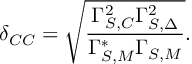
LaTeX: \delta _ { C C } = \sqrt { \frac { \Gamma _ { S , C } ^ { 2 } \Gamma _ { S , \Delta } ^ { 2 } } { \Gamma _ { S , M } ^ { * } \Gamma _ { S , M } } } .